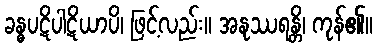
ခန္ဓပဋိပါဋိယာပိ၊ ဖြင့်လည်း။ အနုဿရန္တိ၊ ကုန်၏။